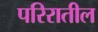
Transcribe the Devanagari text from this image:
परिरातील